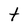
Character: t